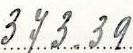
373.39